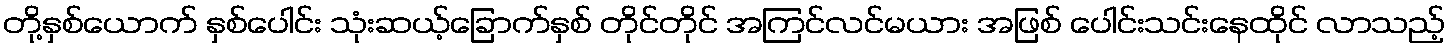
တို့နှစ်ယောက် နှစ်ပေါင်း သုံးဆယ့်ခြောက်နှစ် တိုင်တိုင် အကြင်လင်မယား အဖြစ် ပေါင်းသင်းနေထိုင် လာသည့်